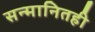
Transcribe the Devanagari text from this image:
सन्मानितही